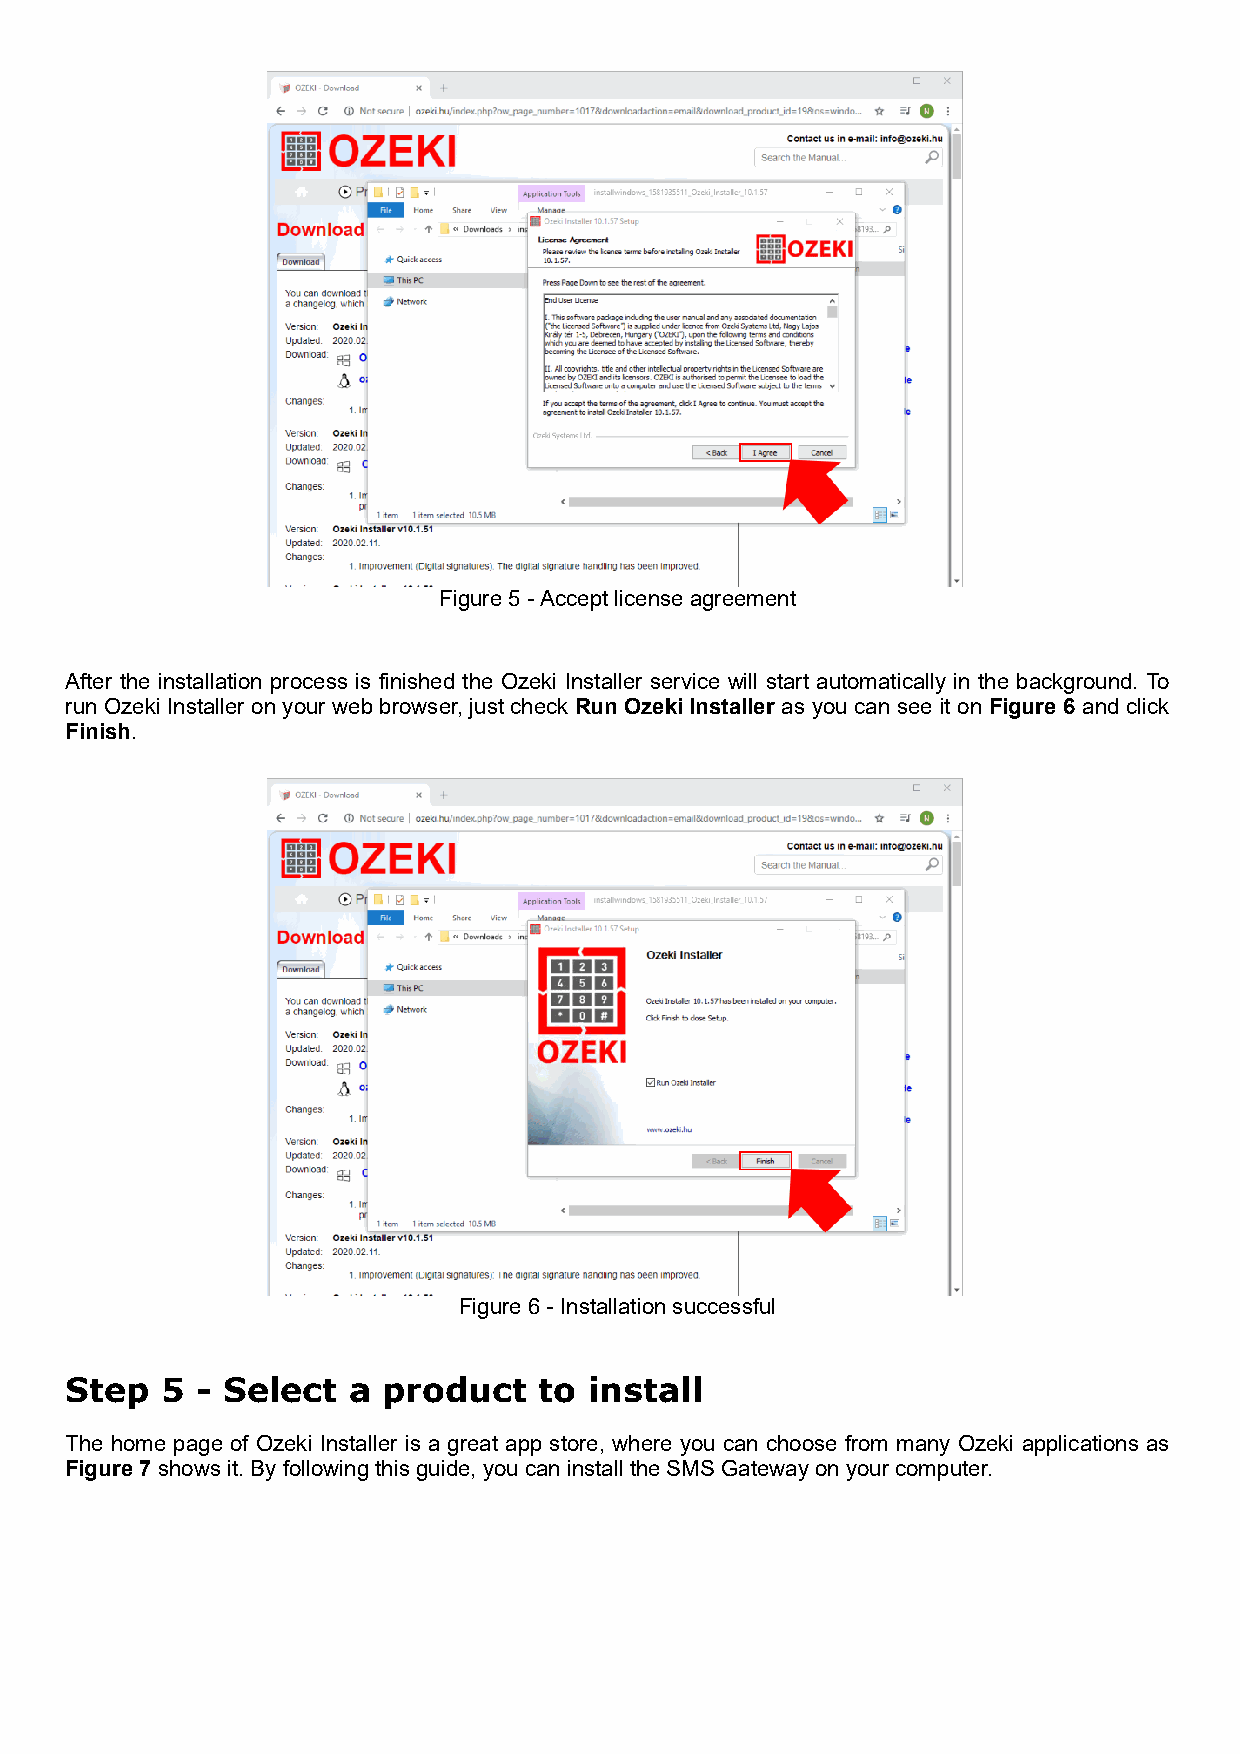
Figure 5 - Accept license agreement
 After the installation process is finished the Ozeki Installer service will start automatically in the background. To
 run Ozeki Installer on your web browser, just check Run Ozeki Installer as you can see it on Figure 6 and click
 Finish.
 Figure 6 - Installation successful
 Step   5 - Select  a product    to install
 The home page of Ozeki Installer is a great app store, where you can choose from many Ozeki applications as
 Figure 7 shows it. By following this guide, you can install the SMS Gateway on your computer.